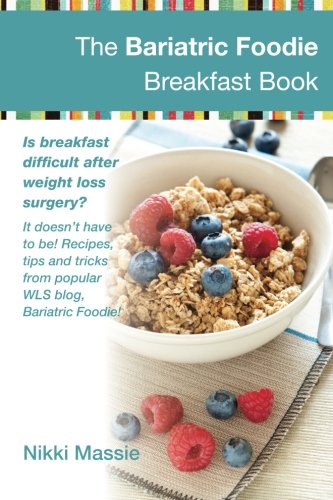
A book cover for The Bariatric Foodie Breakfast Book; Ms. Nikki L Massie; Cookbooks, Food & Wine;